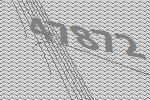
47872